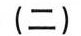
(二)